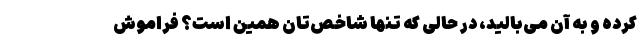
کرده و به آن می‌بالید، در حالی که تنها شاخص‌تان همین است؟ فراموش